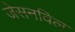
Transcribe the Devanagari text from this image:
जेसनविल